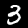
Label: 3